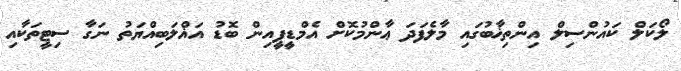
ލޯކަލް ކައުންސިލް އިންތިޚާބުގައި މާލެފަދަ ޢާންމުކޮށް އެމްޑީޕީއިން ބޮޑު އަޣްލަބިއްޔަތު ނަގާ ސިޓީތަކާއި